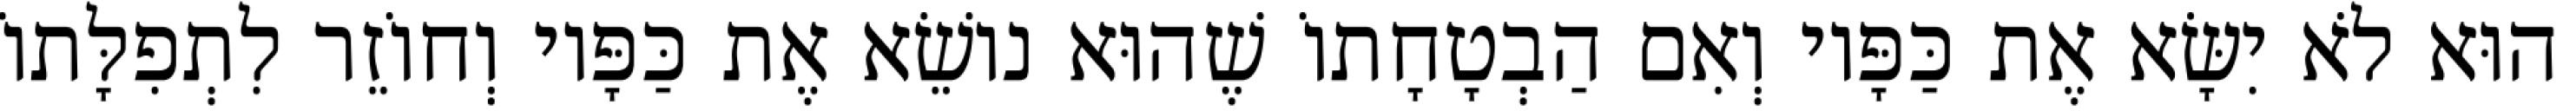
הוּא לֹא יִשָּׂא אֶת כַּפָּיו וְאִם הַבְטָחָתוֹ שֶׁהוּא נוֹשֵׂא אֶת כַּפָּיו וְחוֹזֵר לִתְפִלָּתוֹ